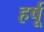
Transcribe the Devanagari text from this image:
हर्षू